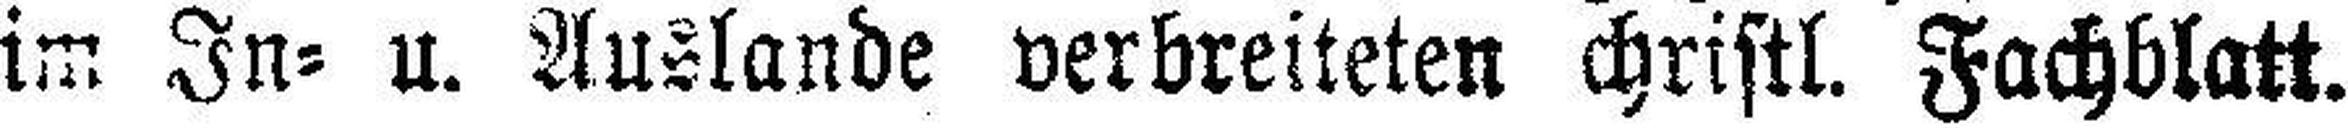
im In= u. Auslande verbreiteten christl. Fachblatt.